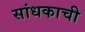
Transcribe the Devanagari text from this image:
सांधकाची